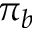
\pi _ { b }